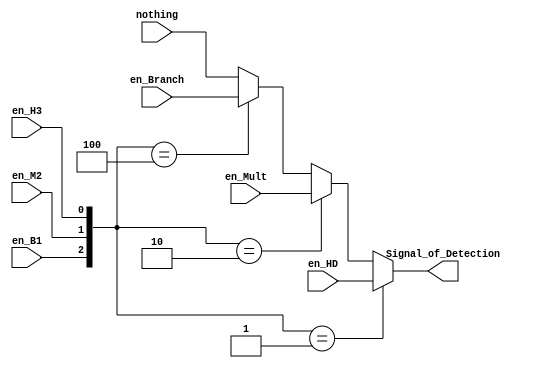

module Mux_for_MultiDetection( en_B1, en_M2, en_H3, en_Branch, en_Mult, en_HD, nothing, Signal_of_Detection  );

    input en_B1, en_M2, en_H3;
    input  [2:0] en_Branch, en_Mult, en_HD, nothing;
    output [2:0] Signal_of_Detection ;

    assign Signal_of_Detection = ({en_B1,en_M2,en_H3}==3'b001) ? en_HD :
								 ({en_B1,en_M2,en_H3}==3'b010) ? en_Mult :
								 ({en_B1,en_M2,en_H3}==3'b100) ? en_Branch : nothing ;
								 
								 
endmodule